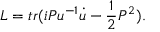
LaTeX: { \cal L } = t r ( i P u ^ { - 1 } \dot { u } - \frac { 1 } { 2 } P ^ { 2 } ) .